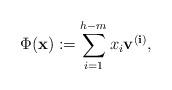
LaTeX: \begin{align*}\Phi(\mathbf{x}) := \sum\limits_{i=1}^{h-m}x_i \mathbf{v}^{\mathbf{(i)}},\end{align*}